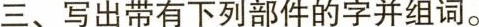
三、写出带有下列部件的字并组词。